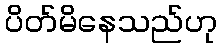
ပိတ်မိနေသည်ဟု